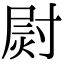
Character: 㷉